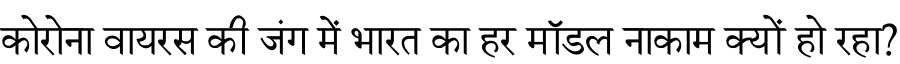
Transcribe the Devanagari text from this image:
कोरोना वायरस की जंग में भारत का हर मॉडल नाकाम क्यों हो रहा?